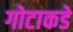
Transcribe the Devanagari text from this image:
गोटाकडे